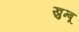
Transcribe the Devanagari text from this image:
खुम्बू